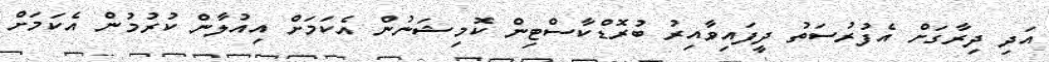
އަދި ދިރާގަށް އެފުރުސަތު ދީފައިވާއިރު ބުރޮޑްކާސްޓިން ކޮމިޝަނުން އެކަމަށް އިއުލާން ކުރުމުން އެކަމަށް